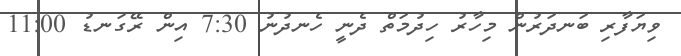
ވިޔަފާރި ބަނދަރުން މިހާރު ހިދުމަތް ދެނީ ހެނދުނު 7:30 އިން ރޭގަނޑު 11:00